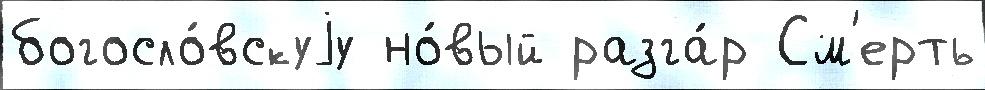
богосло́вскуjу но́вый разга́р См'ерть